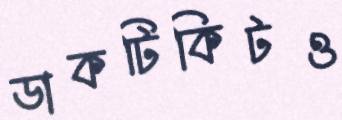
ডাকটিকিটও